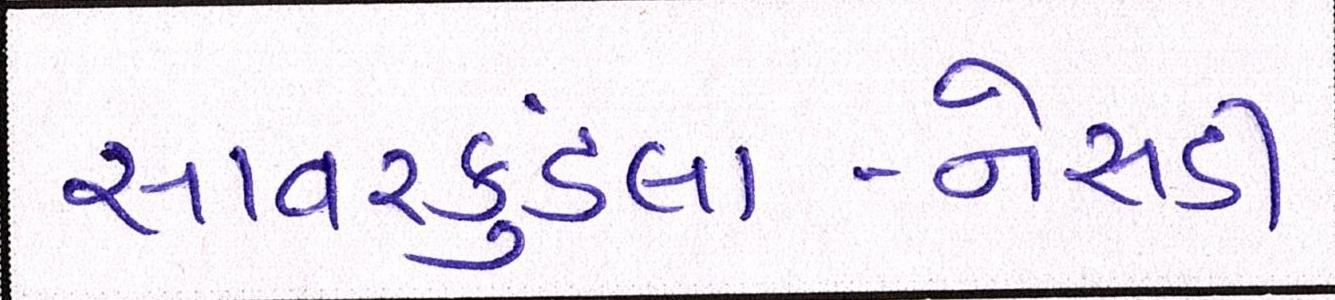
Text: સાવરકુંડલા-નેસડી